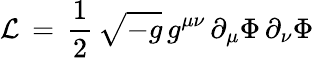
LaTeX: {\cal L}\, =\, {\frac{1}{2}}\, \sqrt{-g}\, g^{\mu\nu}\, \partial_{\mu}\Phi\, \partial_{\nu}\Phi